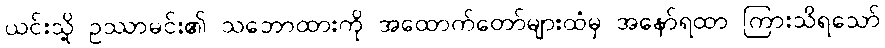
ယင်းသို့ ဥဿာမင်း၏ သဘောထားကို အထောက်တော်များထံမှ အနော်ရထာ ကြားသိရသော်